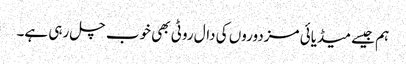
ہم جیسے میڈیائی مزدوروں کی دال روٹی بھی خوب چل رہی ہے۔